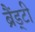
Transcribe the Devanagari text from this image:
ब्रैंड्टी